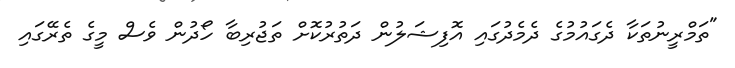
"ތަމްރީނުތަކާ ދެގައުމުގެ ދެމެދުގައި އޮފިޝަލުން ދަތުރުކޮށް ތަޖުރިބާ ހޯދުން ވެސް މީގެ ތެރޭގައި